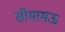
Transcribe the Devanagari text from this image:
सीमामऊ